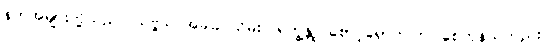
နတ်အများတို့သည်။ သဗ္ဗဒါ၊ အခါခပ်သိမ်း။ ရက္ခန္တု၊ စောင့်ရှောက်ကြပါစေကုန်သတည်း။